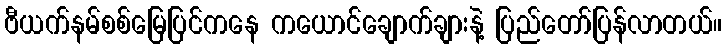
ဗီယက်နမ်စစ်မြေပြင်ကနေ ကယောင်ချောက်ချားနဲ့ ပြည်တော်ပြန်လာတယ်။